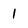
Character: 1